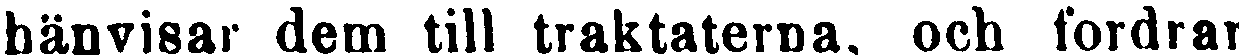
bäuvisar dem till traktaterna, och fordrar